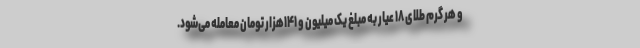
و هر گرم طلای ۱۸ عیار به مبلغ یک میلیون و ۱۴۱هزار تومان معامله می‌شود.